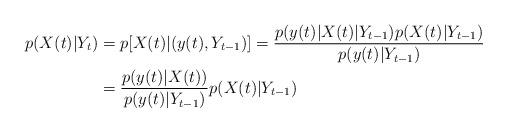
LaTeX: \begin{align*}p(X(t)|Y_{t})&=p[X(t)|(y(t),Y_{t-1})]=\frac{p(y(t)|X(t)|Y_{t-1})p(X(t)|Y_{t-1})}{p(y(t)|Y_{t-1})}\\&=\frac{p(y(t)|X(t))}{p(y(t)|Y_{t-1})}p(X(t)|Y_{t-1})\end{align*}